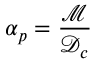
\alpha _ { p } = \frac { \mathcal { M } } { { \mathcal { D } } _ { c } }